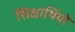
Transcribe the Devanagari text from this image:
शिक्षार्थियो